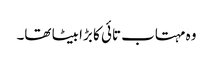
وہ مہتاب تائی کا بڑا بیٹا تھا۔